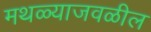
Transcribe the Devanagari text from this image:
मथळ्याजवळील